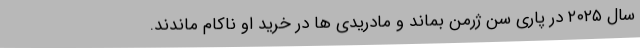
سال ۲۰۲۵ در پاری سن ژرمن بماند و مادریدی ها در خرید او ناکام ماندند.